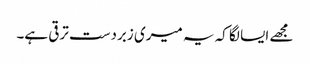
مجھے ایسا لگا کہ یہ میری زبردست ترقی ہے۔